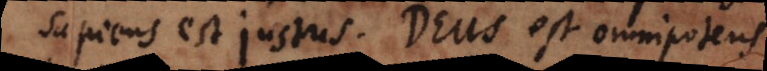
Sapiens est justus. Deus est omnipotens.